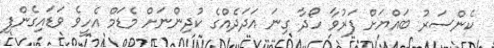
ކެންސަރު ބައްޔަށް ފަރުވާ ހޯދާ ގިނަ އަދަދެއްގެ ކުދިންނަށް މެޑަމް އެހީވެ ވަޑައިގެންފި